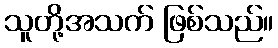
သူတို့အသက် ဖြစ်သည်။